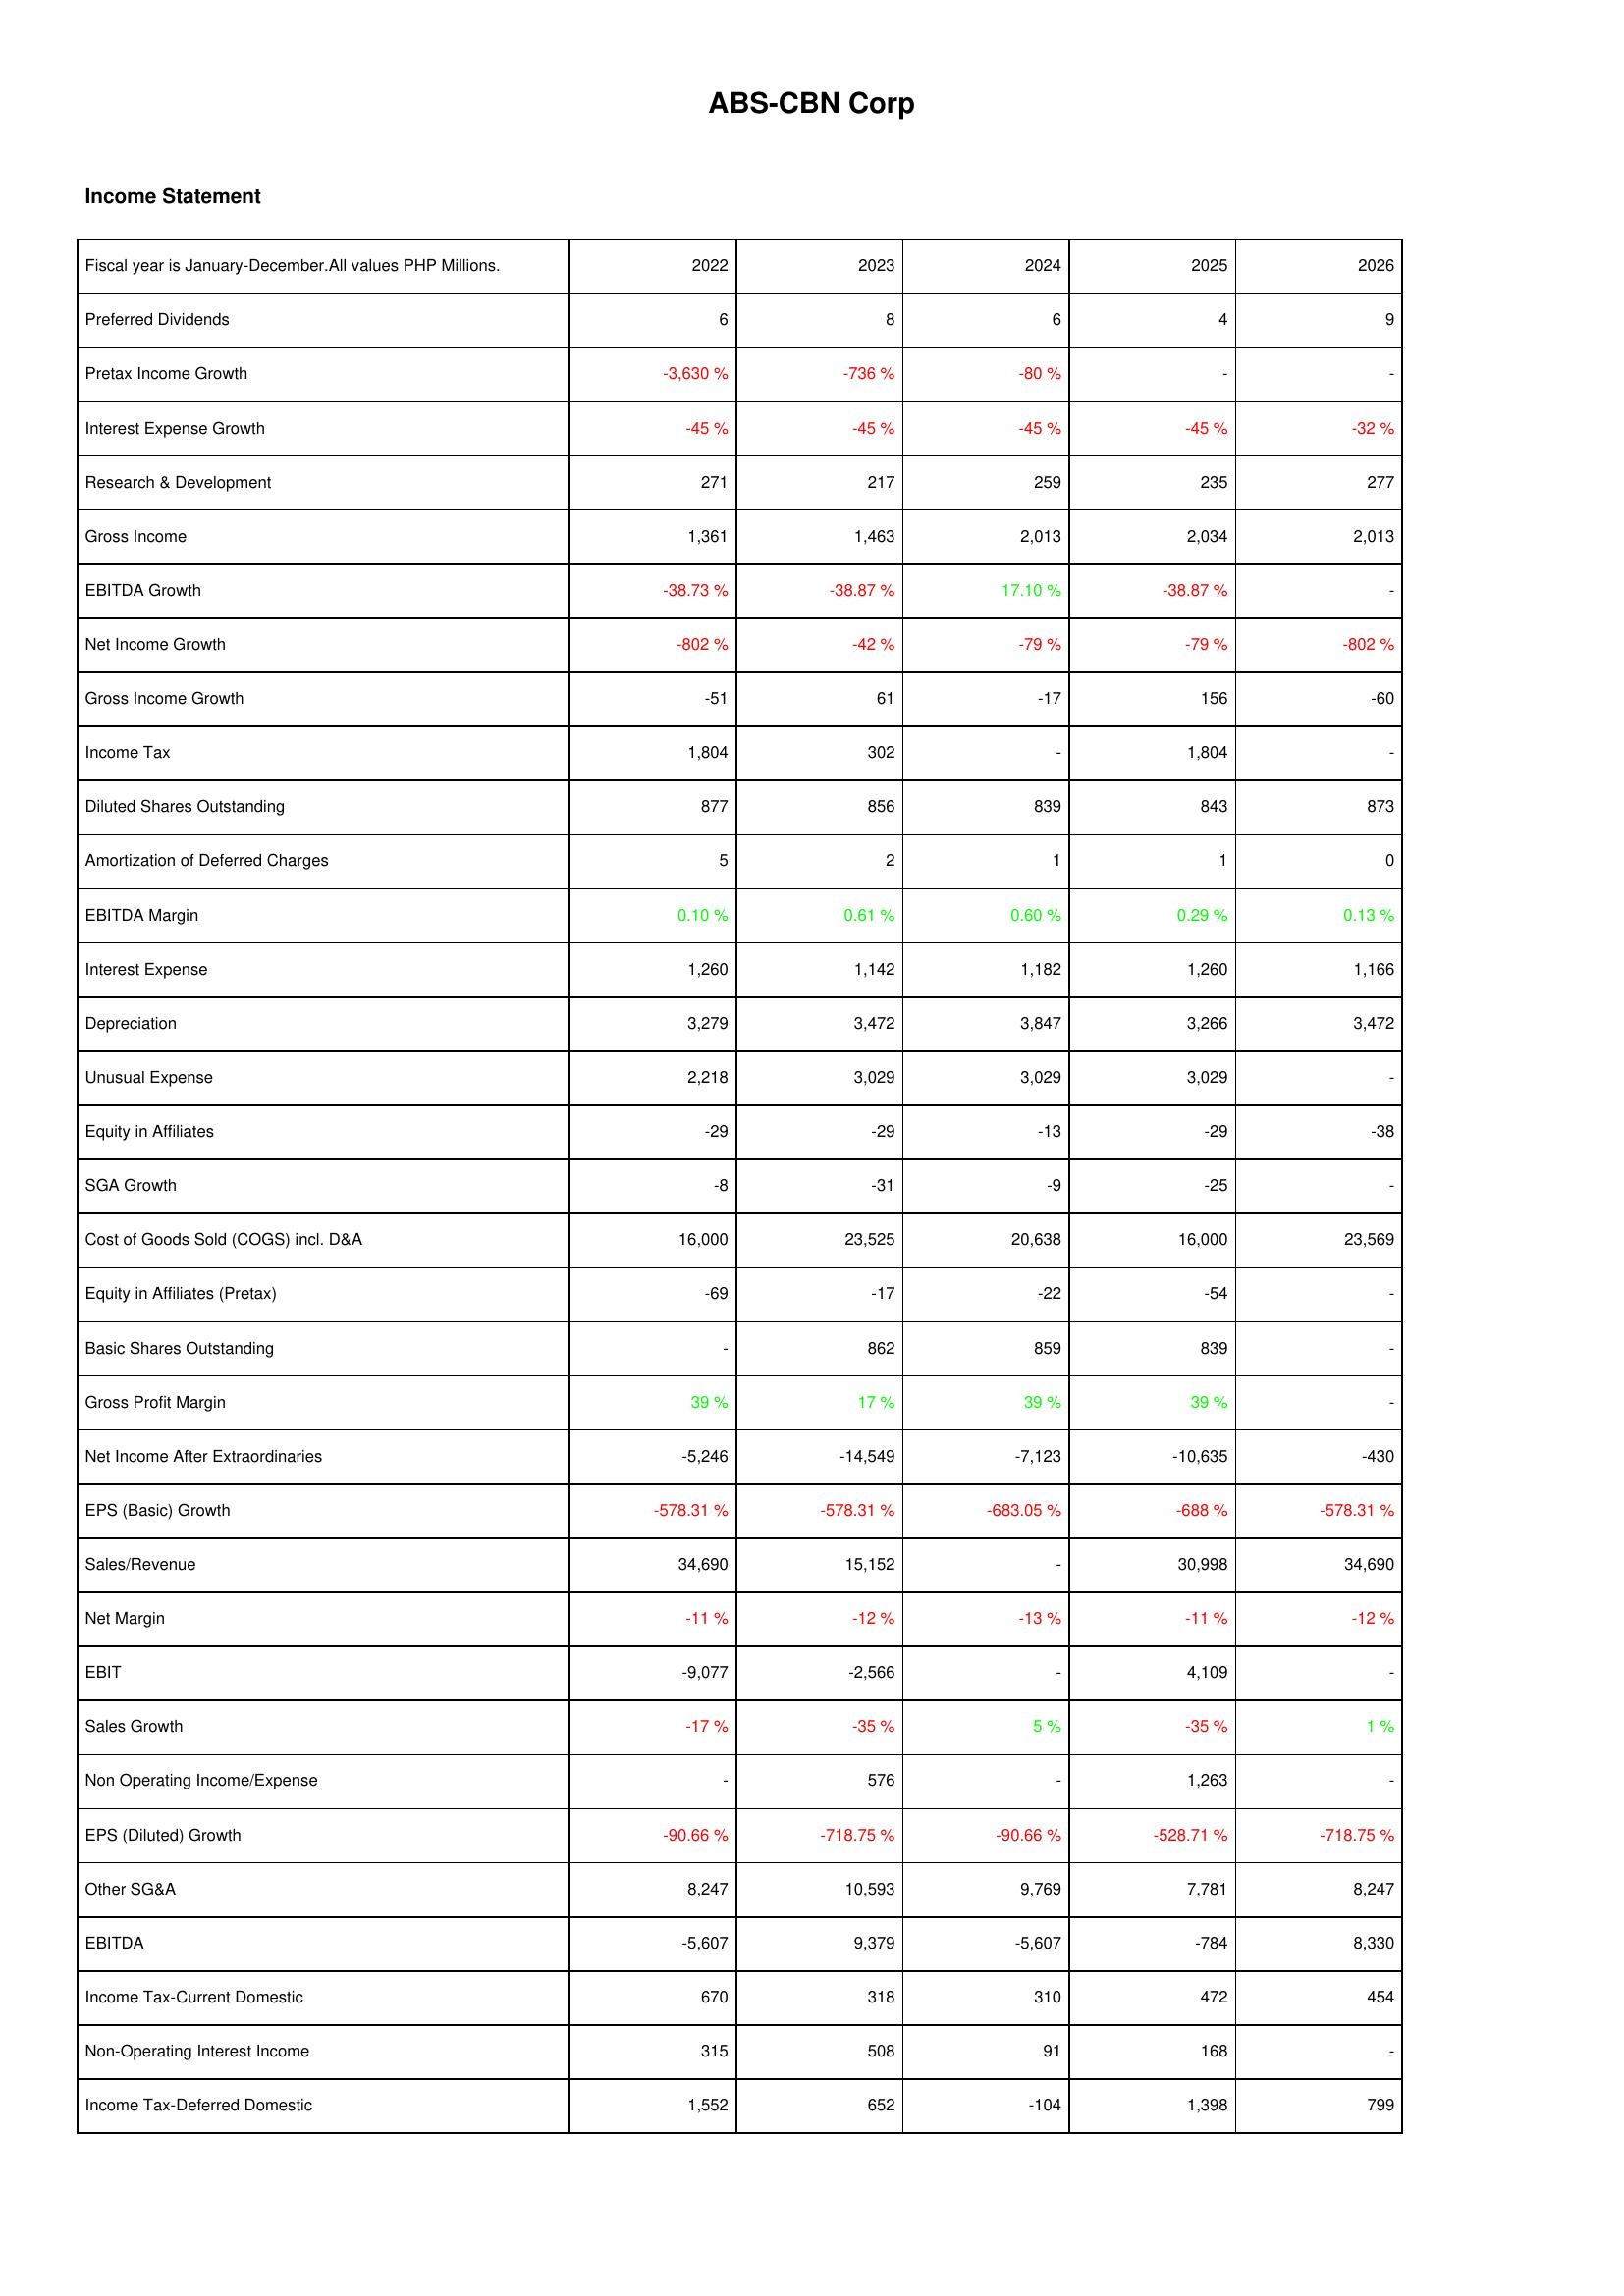
2022: Income Statement: Preferred Dividends: 6
Pretax Income Growth: -3,630 %
Interest Expense Growth: -45 %
Research & Development: 271
Gross Income: 1,361
EBITDA Growth: -38.73 %
Net Income Growth: -802 %
Gross Income Growth: -51
Income Tax: 1,804
Diluted Shares Outstanding: 877
Amortization of Deferred Charges: 5
EBITDA Margin: 0.10 %
Interest Expense: 1,260
Depreciation: 3,279
Unusual Expense: 2,218
Equity in Affiliates: -29
SGA Growth: -8
Cost of Goods Sold (COGS) incl. D&A: 16,000
Equity in Affiliates (Pretax): -69
Basic Shares Outstanding: -
Gross Profit Margin: 39 %
Net Income After Extraordinaries: -5,246
EPS (Basic) Growth: -578.31 %
Sales/Revenue: 34,690
Net Margin: -11 %
EBIT: -9,077
Sales Growth: -17 %
Non Operating Income/Expense: -
EPS (Diluted) Growth: -90.66 %
Other SG&A: 8,247
EBITDA: -5,607
Income Tax-Current Domestic: 670
Non-Operating Interest Income: 315
Income Tax-Deferred Domestic: 1,552
2023: Income Statement: Preferred Dividends: 8
Pretax Income Growth: -736 %
Interest Expense Growth: -45 %
Research & Development: 217
Gross Income: 1,463
EBITDA Growth: -38.87 %
Net Income Growth: -42 %
Gross Income Growth: 61
Income Tax: 302
Diluted Shares Outstanding: 856
Amortization of Deferred Charges: 2
EBITDA Margin: 0.61 %
Interest Expense: 1,142
Depreciation: 3,472
Unusual Expense: 3,029
Equity in Affiliates: -29
SGA Growth: -31
Cost of Goods Sold (COGS) incl. D&A: 23,525
Equity in Affiliates (Pretax): -17
Basic Shares Outstanding: 862
Gross Profit Margin: 17 %
Net Income After Extraordinaries: -14,549
EPS (Basic) Growth: -578.31 %
Sales/Revenue: 15,152
Net Margin: -12 %
EBIT: -2,566
Sales Growth: -35 %
Non Operating Income/Expense: 576
EPS (Diluted) Growth: -718.75 %
Other SG&A: 10,593
EBITDA: 9,379
Income Tax-Current Domestic: 318
Non-Operating Interest Income: 508
Income Tax-Deferred Domestic: 652
2024: Income Statement: Preferred Dividends: 6
Pretax Income Growth: -80 %
Interest Expense Growth: -45 %
Research & Development: 259
Gross Income: 2,013
EBITDA Growth: 17.10 %
Net Income Growth: -79 %
Gross Income Growth: -17
Income Tax: -
Diluted Shares Outstanding: 839
Amortization of Deferred Charges: 1
EBITDA Margin: 0.60 %
Interest Expense: 1,182
Depreciation: 3,847
Unusual Expense: 3,029
Equity in Affiliates: -13
SGA Growth: -9
Cost of Goods Sold (COGS) incl. D&A: 20,638
Equity in Affiliates (Pretax): -22
Basic Shares Outstanding: 859
Gross Profit Margin: 39 %
Net Income After Extraordinaries: -7,123
EPS (Basic) Growth: -683.05 %
Sales/Revenue: -
Net Margin: -13 %
EBIT: -
Sales Growth: 5 %
Non Operating Income/Expense: -
EPS (Diluted) Growth: -90.66 %
Other SG&A: 9,769
EBITDA: -5,607
Income Tax-Current Domestic: 310
Non-Operating Interest Income: 91
Income Tax-Deferred Domestic: -104
2025: Income Statement: Preferred Dividends: 4
Pretax Income Growth: -
Interest Expense Growth: -45 %
Research & Development: 235
Gross Income: 2,034
EBITDA Growth: -38.87 %
Net Income Growth: -79 %
Gross Income Growth: 156
Income Tax: 1,804
Diluted Shares Outstanding: 843
Amortization of Deferred Charges: 1
EBITDA Margin: 0.29 %
Interest Expense: 1,260
Depreciation: 3,266
Unusual Expense: 3,029
Equity in Affiliates: -29
SGA Growth: -25
Cost of Goods Sold (COGS) incl. D&A: 16,000
Equity in Affiliates (Pretax): -54
Basic Shares Outstanding: 839
Gross Profit Margin: 39 %
Net Income After Extraordinaries: -10,635
EPS (Basic) Growth: -688 %
Sales/Revenue: 30,998
Net Margin: -11 %
EBIT: 4,109
Sales Growth: -35 %
Non Operating Income/Expense: 1,263
EPS (Diluted) Growth: -528.71 %
Other SG&A: 7,781
EBITDA: -784
Income Tax-Current Domestic: 472
Non-Operating Interest Income: 168
Income Tax-Deferred Domestic: 1,398
2026: Income Statement: Preferred Dividends: 9
Pretax Income Growth: -
Interest Expense Growth: -32 %
Research & Development: 277
Gross Income: 2,013
EBITDA Growth: -
Net Income Growth: -802 %
Gross Income Growth: -60
Income Tax: -
Diluted Shares Outstanding: 873
Amortization of Deferred Charges: 0
EBITDA Margin: 0.13 %
Interest Expense: 1,166
Depreciation: 3,472
Unusual Expense: -
Equity in Affiliates: -38
SGA Growth: -
Cost of Goods Sold (COGS) incl. D&A: 23,569
Equity in Affiliates (Pretax): -
Basic Shares Outstanding: -
Gross Profit Margin: -
Net Income After Extraordinaries: -430
EPS (Basic) Growth: -578.31 %
Sales/Revenue: 34,690
Net Margin: -12 %
EBIT: -
Sales Growth: 1 %
Non Operating Income/Expense: -
EPS (Diluted) Growth: -718.75 %
Other SG&A: 8,247
EBITDA: 8,330
Income Tax-Current Domestic: 454
Non-Operating Interest Income: -
Income Tax-Deferred Domestic: 799